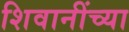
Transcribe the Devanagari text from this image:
शिवानींच्या